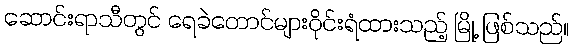
ဆောင်းရာသီတွင် ရေခဲတောင်များဝိုင်းရံထားသည့် မြို့ ဖြစ်သည်။